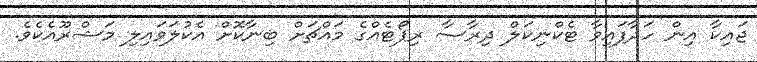
ޖައިކާ އިން ހަދާފައިވާ ޓެކްނިކަލް ދިރާސާ ރިޕޯޓެއްގެ މައްޗަށް ބިނާކޮށް އެކުލަވައިލި މަޝްރޫއެކެވެ.